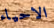
الاحياء